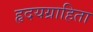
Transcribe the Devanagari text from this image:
हृदयग्राहिता